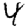
Digit: 4